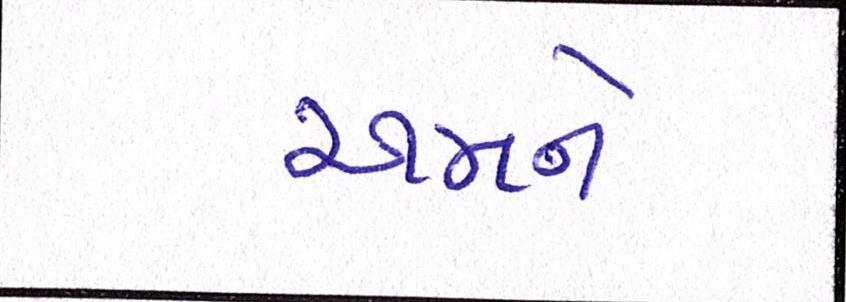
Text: અમને